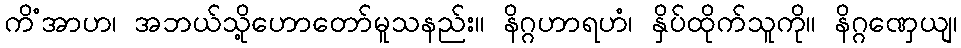
ကိံအာဟ၊ အဘယ်သို့ဟောတော်မူသနည်း။ နိဂ္ဂဟာရဟံ၊ နှိပ်ထိုက်သူကို။ နိဂ္ဂဏှေယျ၊